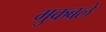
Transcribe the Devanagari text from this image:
मुकबले